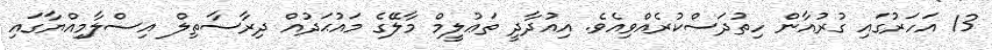
13 އަހަރުގައި ގުރުއާން ހިތުދަސްކުރެއްވިއެވެ. އިއުދާދީ ތަޢުލީމް މާލޭގެ މައުޙަދުއް ދިރާސާތިލް އިސްލާމިއްޔާގައި